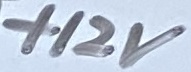
Text: +12V